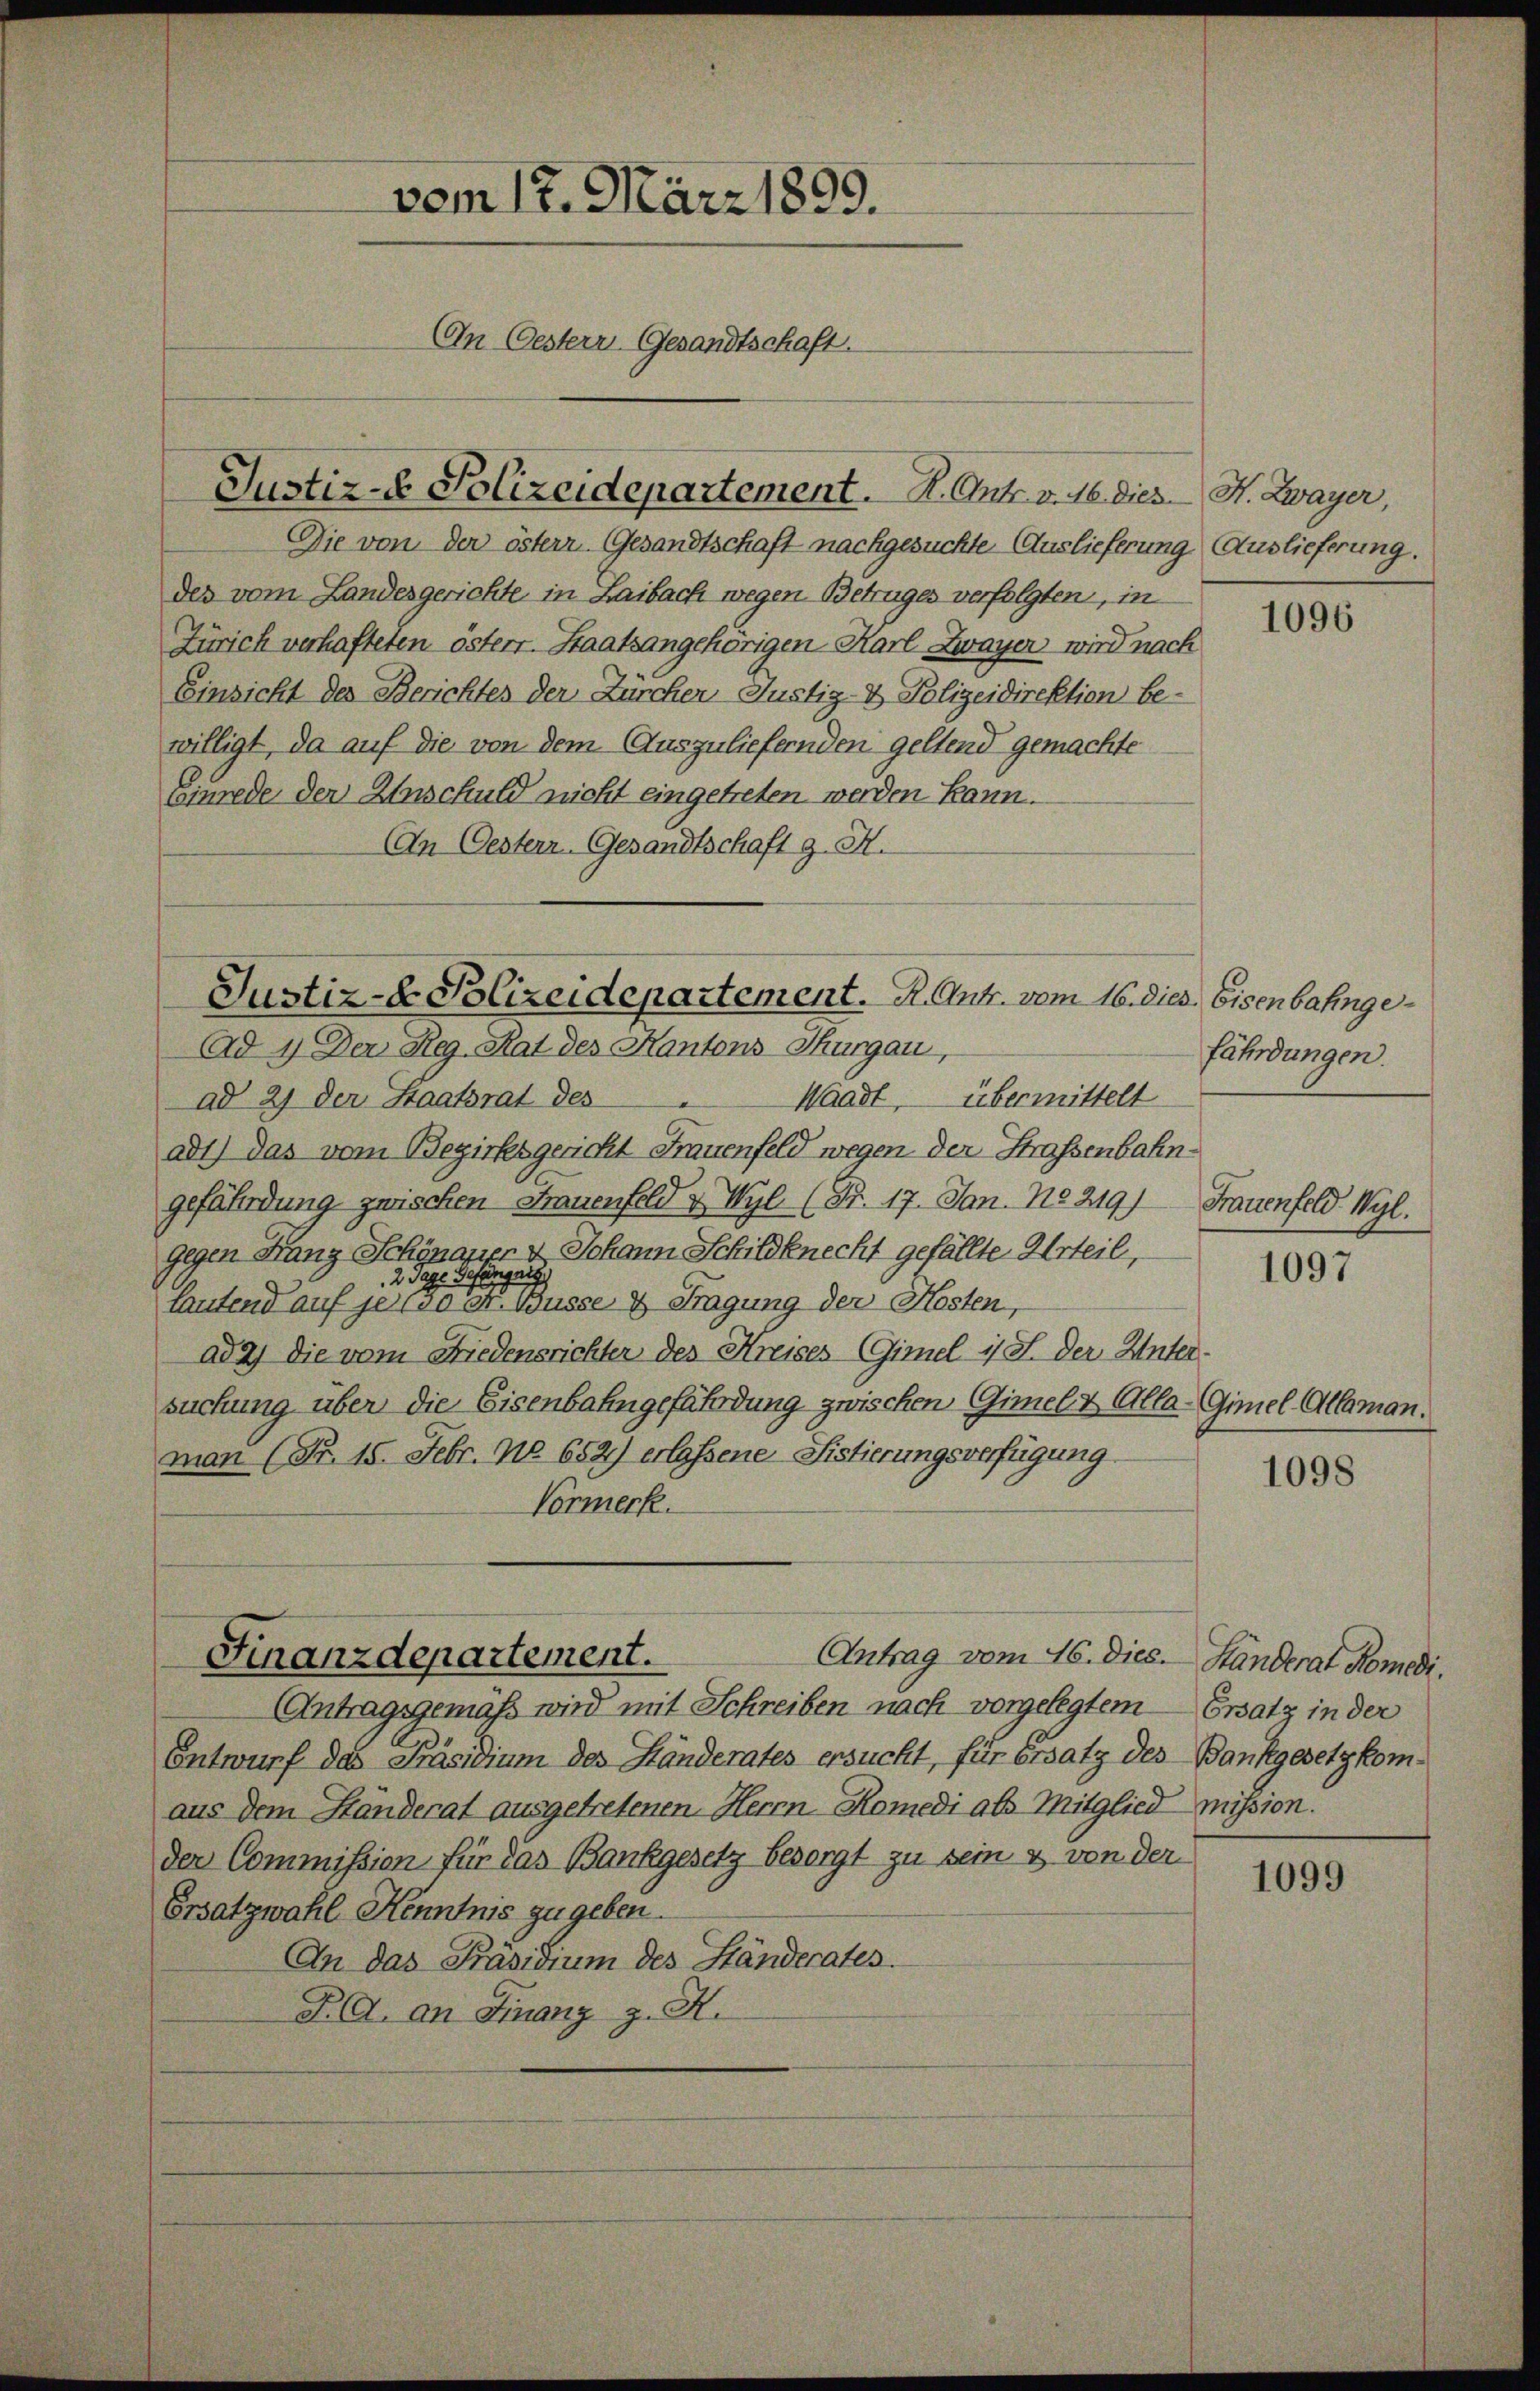
vom 17. März 1899.
An Oesterr Gesandtschaft.

Die von der österr. Gesandtschaft nachgesuchte Auslieferung Auslieferung.
des vom Landesgerichte in Laibach wegen Betruges verfolgten, in
Zürich verhafteten österr. Staatsangehörigen-Karl Zwayer wird nach
Einsicht des Berichtes der Zürcher Justiz- & Polizeidirektion be-
willigt, da auf die von dem Auszuliefernden geltend gemachte
Einrede der Anschuld nicht eingetreten werden kann.
An Oestern Gesandtschaft z. R.

Justiz- & Polizeidepartement. R. Ant. v. M. dies H. Zwayer,

ad1) das vom Bezirksgericht Frauenfeld wegen der Strafsenbahngefährdung zwischen Frauenfeld & Wyl (S. 17. Jan. 18219) Frauenfeld Wyl.
gegen Franz Schönauer & Johann Schildknecht gefällte Urteil,
u
g
2 Tage:
lautend auf je 150 Fr. Busse 4 Tragung der Kosten,
ada) die vom Friedensrichter des Kreises (Gimel 1/3. der Untersuchung über die Eisenbahngefährdung zwischen Gimel & Alla-Gimel-Allamon.
man (Fr. 15. Febr. No 652) erlassene Sistierungsverfügung
Vormerk.

Justiz- & Polizeidepartement. R. Antr. vom 16. dies Eisenbahnge¬
Ad 1) Der Reg. Rat des Kantons Thurgau,
Waadt, übermittelt
ad 27 der Staatsrat des

Antrag vom 16. dies. Ständerat Romedi
Antragsgemäß wird mit Schreiben nach vorgelegtem
Entwurf das Präsidium des Ständerates ersucht, für Ersatz des Bankgesetzkomaus dem Ständerat ausgetretenen Herrn Komedi als Mitglied mission.
der Commission für das Bankgesetz besorgt zu sein & von der
Ersatzwahl Kenntnis zu geben.
An das Präsidium des Ständerates.
RG. an Finanz z. H.

Finanzdepartement.

1096

fährdungen.

1097

1098

Ersatz in der

1099